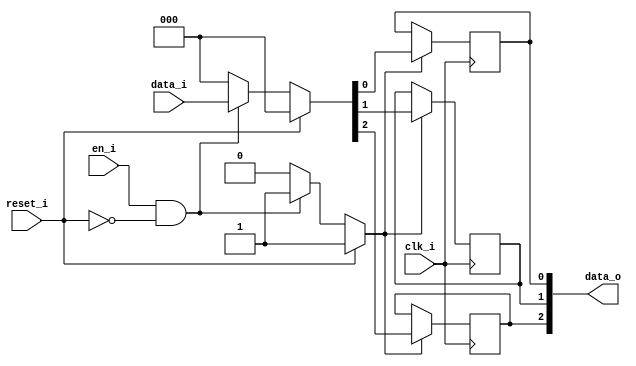
module bsg_dff_reset_en_width_p3_harden_p1
(
  clk_i,
  reset_i,
  en_i,
  data_i,
  data_o
);

  input [2:0] data_i;
  output [2:0] data_o;
  input clk_i;
  input reset_i;
  input en_i;
  wire [2:0] data_o;
  wire N0,N1,N2,N3,N4,N5,N6,N7,N8;
  reg data_o_2_sv2v_reg,data_o_1_sv2v_reg,data_o_0_sv2v_reg;
  assign data_o[2] = data_o_2_sv2v_reg;
  assign data_o[1] = data_o_1_sv2v_reg;
  assign data_o[0] = data_o_0_sv2v_reg;

  always @(posedge clk_i) begin
    if(N3) begin
      data_o_2_sv2v_reg <= N6;
    end 
  end


  always @(posedge clk_i) begin
    if(N3) begin
      data_o_1_sv2v_reg <= N5;
    end 
  end


  always @(posedge clk_i) begin
    if(N3) begin
      data_o_0_sv2v_reg <= N4;
    end 
  end

  assign N3 = (N0)? 1'b1 : 
              (N8)? 1'b1 : 
              (N2)? 1'b0 : 1'b0;
  assign N0 = reset_i;
  assign { N6, N5, N4 } = (N0)? { 1'b0, 1'b0, 1'b0 } : 
                          (N8)? data_i : 1'b0;
  assign N1 = en_i | reset_i;
  assign N2 = ~N1;
  assign N7 = ~reset_i;
  assign N8 = en_i & N7;

endmodule